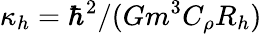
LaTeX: \kappa_{h}=\hbar^{2}/(Gm^{3}C_{\rho}R_{h})